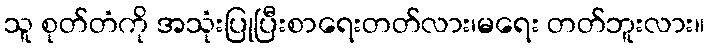
သူ စုတ်တံကို အသုံးပြုပြီးစာရေးတတ်လား၊မရေး တတ်ဘူးလား။